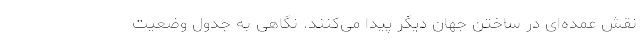
نقش عمده‌ای در ساختن جهان دیگر پیدا می‌کنند. نگاهی به جدول وضعیت